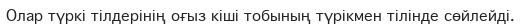
Олар түркі тілдерінің оғыз кіші тобының түрікмен тілінде сөйлейді.